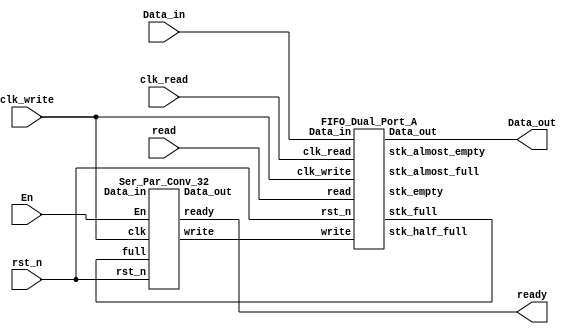
`timescale 1ns / 1ps
//////////////////////////////////////////////////////////////////////////////////
// Company: 
// Engineer: 
// 
// Design Name: 
// Module Name:    FIFO_Channel 
// Project Name: 
// Target Devices: 
// Tool versions: 
// Description: 
//
// Dependencies: 
//
// Revision: 
// Revision 0.01 - File Created
// Additional Comments: 
//
//////////////////////////////////////////////////////////////////////////////////
module FIFO_Channel #(parameter word_width = 32,stk_ptr_width = 3)
				( output [word_width - 1 : 0] Data_out,
				  output                      ready,
				  input  [word_width - 1 : 0] Data_in,
				  input                       En,
				  input                       read,
				  input                       clk_write,clk_read,
				  input                       rst_n
					);
					
	wire [word_width - 1 : 0]  Data_out_Ser_Par;
	wire                       Data_in_Ser_Par;
	wire                       stk_full,stk_almost_full,stk_half_full,stk_empty,stk_almost_empty;
	wire                       write;
	
	FIFO_Dual_Port_A M0 ( .Data_out(Data_out),
						  .stk_full(stk_full),
						  .stk_almost_full(stk_almost_full),
						  .stk_half_full(stk_half_full),
						  .stk_empty(stk_empty),
						  .stk_almost_empty(stk_almost_empty),
						  .Data_in(Data_in),
						  .write(write),
						  .read(read),
						  .clk_read(clk_read),
						  .clk_write(clk_write),
						  .rst_n(rst_n)
						  );
						
	Ser_Par_Conv_32 M1( .Data_out(Data_out_Ser_Par),
					    .ready(ready),
						.write(write),
					    .Data_in(Data_in_Ser_Par),
					    .En(En),
					    .full(stk_full),
					    .clk(clk_write),
					    .rst_n(rst_n)
						 );

endmodule

//--------------------------------------------------------------------------------------------------------------------------------------//
//FIFO_Dual_Port_A

module FIFO_Dual_Port_A #(parameter word_width = 32,stk_ptr_width = 3)
					( output [word_width - 1 : 0] Data_out,
					  output                      stk_full,stk_empty,stk_almost_full,stk_half_full,stk_almost_empty,
					  input  [word_width - 1 : 0] Data_in,
					  input                       write,read,
					  input                       clk_read,clk_write,
					  input                       rst_n
						);
	
	wire [stk_ptr_width - 1 : 0] read_ptr,write_ptr;
	
	FIFO_Control_Unit M0_Controller ( .write_to_stk(write_to_stk),
									  .read_fr_stk (read_fr_stk),
									  .write(write),
									  .read(read),
									  .stk_full(stk_full),
									  .stk_empty(stk_empty)
										);
	
	FIFO_Datapath_Unit M1_Datapath ( .Data_out(Data_out),
									 .Data_in(Data_in),
									 .write_ptr(write_ptr),
									 .read_ptr(read_ptr),
									 .write_to_stk(write_to_stk),
									 .read_fr_stk (read_fr_stk),
									 .clk_read(clk_read),
									 .clk_write(clk_write),
									 .rst_n(rst_n)
										);
										
	FIFO_Status_Unit    M2_Status ( .write_ptr(write_ptr),
									.read_ptr(read_ptr),
									.stk_full(stk_full),
									.stk_half_full(stk_half_full),
									.stk_almost_full(stk_almost_full),
									.stk_almost_empty(stk_almost_empty),
									.stk_empty(stk_empty),
									.write_to_stk(write_to_stk),
									.read_fr_stk(read_fr_stk),
									.clk_read(clk_read),
									.clk_write(clk_write),
									.rst_n(rst_n)
										);
endmodule


//FIFO_Control_Unit
module FIFO_Control_Unit ( output write_to_stk,read_fr_stk,
						   input write,read,stk_full,stk_empty
						   );
	
	assign write_to_stk = write && (!stk_full);
	assign read_fr_stk  = read  && (!stk_empty);

endmodule

//FIFO_Datapath_Unit
module FIFO_Datapath_Unit #(parameter word_width = 32,stk_ptr_width = 3,stk_height = 8)
						( output [word_width - 1    : 0] Data_out,
						  input  [word_width - 1    : 0] Data_in,
						  input  [stk_ptr_width - 1 : 0] write_ptr,read_ptr,
						  input                          write_to_stk,read_fr_stk,
						  input                          clk_read,clk_write,
						  input                          rst_n
							);
							
	reg [word_width - 1 : 0] stk[0 : stk_height - 1]; //stack
	reg [word_width - 1 : 0] Data_out_reg;
	
	assign Data_out = Data_out_reg;
	
	always @(posedge clk_write) 
		if(write_to_stk)
			stk[write_ptr] <= Data_in;
	
	always @(posedge clk_read)
		if(read_fr_stk)
			Data_out_reg <= stk[read_ptr];
			
endmodule

//FIFO_Status_Unit
module FIFO_Status_Unit #(parameter stk_ptr_width = 3,stk_height = 8, HF_level = (stk_height) >> 1,AF_level = stk_height - (HF_level >> 1),									   AE_level = (HF_level) >> 1)
						( output [stk_ptr_width - 1 : 0] write_ptr,read_ptr,
						  output                         stk_full,stk_half_full,stk_almost_full,stk_empty,stk_almost_empty,
						  input                          write_to_stk,read_fr_stk,
						  input                          clk_read,clk_write,
						  input                   		 rst_n
							);
							
	wire  [stk_ptr_width : 0] wr_cntr,next_wr_cntr;
	wire  [stk_ptr_width : 0] wr_cntr_G;           //gray_code
	wire  [stk_ptr_width : 0] rd_cntr,next_rd_cntr;
	wire  [stk_ptr_width : 0] rd_cntr_G;
	wire  [stk_ptr_width : 0] wr_cntr_G_sync,rd_cntr_G_sync;  //gray sync
	wire  [stk_ptr_width : 0] wr_cntr_B_sync,rd_cntr_B_sync; // binary sync
	
	assign stk_full         = ((wr_cntr - rd_cntr_B_sync) == stk_height) || (!rst_n);
	assign stk_half_full    = ((wr_cntr - rd_cntr_B_sync) == HF_level)   || (!rst_n);
	assign stk_almost_full  = ((wr_cntr - rd_cntr_B_sync) == AF_level)   || (!rst_n);
	assign stk_empty        = ((rd_cntr - wr_cntr_B_sync) == rd_cntr)    || (!rst_n);
	assign stk_almost_empty = ((rd_cntr - wr_cntr_B_sync) == AE_level)   || (!rst_n);
	
	wr_cntr_Unit M0 ( .next_wr_cntr(next_wr_cntr),
					  .wr_cntr(wr_cntr),
					  .write_ptr(write_ptr),
					  .write_to_stk(write_to_stk),
					  .clk_write(clk_write),
					  .rst_n(rst_n)
						);
			
	rd_cntr_Unit M1 ( .next_rd_cntr(next_rd_cntr),
					  .rd_cntr(rd_cntr),
					  .read_ptr(read_ptr),
					  .read_fr_stk(read_fr_stk),
					  .clk_read(clk_read),
					  .rst_n(rst_n)
						);
						
	B2G_Reg     M2  ( .gray_out(wr_cntr_G),
					  .binary_in(next_wr_cntr),
					  .wr_rd(write_to_stk),
					  .limit(stk_full),
					  .clk(clk_write),
					  .rst_n(rst_n)
						);
						
	G2B_Conv    M3  ( .binary(wr_cntr_B_sync),
					  .gray(wr_cntr_G_sync)
						);
						
	B2G_Reg     M4  ( .gray_out(rd_cntr_G),
					  .binary_in(next_rd_cntr),
					  .wr_rd(read_to_stk),
					  .limit(stk_full),
					  .clk(clk_read),
					  .rst_n(rst_n)
						);
						
	G2B_Conv    M5  ( .binary(rd_cntr_B_sync),
					  .gray(rd_cntr_G_sync)
						);

						
	generate
		genvar k;
		for(k = 0;k <= stk_ptr_width;k = k + 1) begin : write_read
			Synchro_Long_Asynch_in_to_Short_Period_Clock M1 ( .Synch_out(wr_cntr_G_sync[k]),
															  .Asynch_in(wr_cntr_G_sync[k]),
															  .clk(clk_read),
															  .rst_n(rst_n)
																);
		end
		
		for(k = 0;k <= stk_ptr_width;k = k + 1) begin  : read_write
			Synchro_Short_Asynch_in_to_Long_Period_Clock M2 ( .Synch_out(rd_cntr_G_sync[k]),
															  .Asynch_in(rd_cntr_G_sync[k]),
															  .clk(clk_write),
															  .rst_n(rst_n)
																);
		end
	endgenerate
endmodule

module wr_cntr_Unit #(parameter stk_ptr_width = 3)
					( output [stk_ptr_width     : 0] next_wr_cntr,
					  output [stk_ptr_width     : 0] wr_cntr,
					  output [stk_ptr_width - 1 : 0] write_ptr,
					  input                          write_to_stk,
					  input 					     clk_write,rst_n
						);
						
	reg [stk_ptr_width : 0] wr_cntr_reg;
	reg [stk_ptr_width : 0] next_wr_cntr_reg;
	
	assign write_ptr    = wr_cntr_reg[stk_ptr_width - 1 : 0];
	assign wr_cntr      = wr_cntr_reg;
	assign next_wr_cntr = next_wr_cntr_reg;
	
	always @(posedge clk_write) begin
		if(!rst_n)
			wr_cntr_reg <= 0;
		else if(write_to_stk)
			wr_cntr_reg <= next_wr_cntr_reg;
	end
	
	always @(wr_cntr_reg)
		next_wr_cntr_reg <= wr_cntr_reg + 1;
	
endmodule

module rd_cntr_Unit #(parameter stk_ptr_width = 3)
					( output [stk_ptr_width     : 0] next_rd_cntr,
					  output [stk_ptr_width     : 0] rd_cntr,
					  output [stk_ptr_width - 1 : 0] read_ptr,
					  input                      read_fr_stk,
					  input 					 clk_read,rst_n
						);
						
	reg [stk_ptr_width : 0] rd_cntr_reg;
	reg [stk_ptr_width : 0] next_rd_cntr_reg;
	
	assign read_ptr     = rd_cntr_reg[stk_ptr_width - 1 : 0];
	assign rd_cntr      = rd_cntr_reg;
	assign next_rd_cntr = next_rd_cntr_reg;
	
	always @(posedge clk_read) begin
		if(!rst_n)
			rd_cntr_reg <= 0;
		else if(read_fr_stk)
			rd_cntr_reg <= next_rd_cntr_reg;
	end
	
	always @(rd_cntr_reg)
		next_rd_cntr_reg <= rd_cntr_reg + 1;
	
endmodule
	
module B2G_Reg #(parameter stk_ptr_width = 3)
			( output [stk_ptr_width : 0] gray_out,
			  input  [stk_ptr_width : 0] binary_in,
			  input                      wr_rd,
			  input                      limit,
			  input                      clk,rst_n
				);
				
	reg [stk_ptr_width : 0] gray_out_reg;
	assign gray_out = gray_out_reg;
	
	wire [stk_ptr_width : 0] next_gray_out;
	
	always @(posedge clk,negedge rst_n) begin
		if(!rst_n)
			gray_out_reg <= 0;
		else if(wr_rd && (!limit))
			gray_out_reg <= next_gray_out;
		else 
			gray_out_reg <= gray_out_reg;
	end
	
	B2G_Conv M0 ( .gray(next_gray_out),
				  .binary(binary_in)
					);
endmodule			

module B2G_Conv #(parameter stk_ptr_width = 3)
				( output [stk_ptr_width : 0] gray,
				  input  [stk_ptr_width : 0] binary
					);
	assign gray = (binary >> 1) ^ binary;

endmodule

module G2B_Conv #(parameter stk_ptr_width = 3)
				( output [stk_ptr_width : 0] binary,
				  input  [stk_ptr_width : 0] gray
					);
	
	reg [stk_ptr_width : 0] binary_reg;
	assign binary = binary_reg;
	
	integer k;
	always @(gray) begin
		binary_reg[stk_ptr_width] = gray[stk_ptr_width];
		for(k = 0;k <= stk_ptr_width - 1;k = k + 1 )
			binary_reg[k] = binary_reg[k + 1] ^ gray[k];
	end
	
endmodule

module Synchro_Long_Asynch_in_to_Short_Period_Clock ( output Synch_out,
													  input  Asynch_in,
													  input  clk,rst_n
                                                       );
	reg Synch_meta;
	reg Synch_out_reg;
	assign Synch_out = Synch_out_reg;
	
	always @(posedge clk,negedge rst_n) begin
		if(!rst_n) begin
			Synch_meta    <= 0;
			Synch_out_reg <= 0;
		end
		else
			{Synch_out_reg,Synch_meta} <= {Synch_meta,Asynch_in};
	end
endmodule


module Synchro_Short_Asynch_in_to_Long_Period_Clock ( output Synch_out, //
													  input  Asynch_in,
													  input  clk,rst_n
                                                       );
													   
	reg q1,q2;
	reg Synch_out_reg;
	assign Synch_out = Synch_out_reg;
	
	supply1 Vcc;
	
	wire Clr_q1_q2;
	
	assign Clr_q1_q2 = (!rst_n) || ((!Asynch_in) && Synch_out);
	
	always @(posedge clk,negedge rst_n) begin
		if(!rst_n)
			Synch_out_reg <= 0;
		else 
			Synch_out_reg <= q2;
	end

	always @(posedge clk ,posedge Clr_q1_q2) begin
		if (Clr_q1_q2) q2 <= 0;
		else q2 <= q1;
	end


	always @ (posedge clk ,posedge Clr_q1_q2)
		if (Clr_q1_q2) q1 <= 0;
		else q1 <= Vcc;


endmodule		
//-----------------------------------------------------------------------------------------------------------------------------------------//
//Ser_Par_Conv_32
module Ser_Par_Conv_32 #(parameter word_width = 32)
					( output [word_width - 1 : 0] Data_out,
					  output                      ready,
					  output                      write,
					  input                       Data_in,
					  input                       En,full,
					  input                       clk,rst_n
						);
						
	wire pause_full,pause_En_b,shift_incr,cntr_limit;
	
	Control_Unit M0_Controller ( .ready(ready),
							.write(write),
							.shift_incr(shift_incr),
							.cntr_limit(cntr_limit),
							.pause_full(pause_full),
							.pause_En_b(pause_En_b),
							.En(En),
							.full(full),
							.clk(clk),
							.rst_n(rst_n)
							);
							
	Datapath_Unit M1_Datapath ( .Data_out(Data_out),
						   .cntr_limit(cntr_limit),
						   .Data_in(Data_in),
						   .pause_full(pause_full),
						   .pause_En_b(pause_En_b),
						   .shift_incr(shift_incr),
						   .clk(clk),
						   .rst_n(rst_n)
							);


endmodule

module Control_Unit ( output     ready,write,
					  output     pause_En_b,pause_full,shift_incr,
					  input      En,full,clk,rst_n,cntr_limit
						);
				 
	parameter S_IDLE = 0,
			  S_1    = 1,
			  S_2    = 2;
			  
	reg [1:0] state,next_state;
	reg pause_En_b_reg,pause_full_reg,shift_incr_reg;
	assign pause_En_b = pause_En_b_reg;
	assign pause_full = pause_full_reg;
	assign shift_incr = shift_incr_reg;
	
	assign ready = (state == S_IDLE);
	assign write = (state == S_2);
	
	always @(posedge clk,negedge rst_n) begin
		if(!rst_n)
			state <= S_IDLE;
		else
			state <= next_state;
	end
	
	always @(state,En,full,cntr_limit) begin
		
		pause_En_b_reg = 0;
		pause_full_reg = 0;
		shift_incr_reg = 0;
		next_state     = S_IDLE;
		
		case(state)
			
			S_IDLE : begin
				if(En &&(!full)) begin
					next_state     = S_1;
					shift_incr_reg = 1;
				end
				else
					next_state = S_IDLE;
			end
			
			S_1 : begin
				if(full) begin
					next_state     = S_IDLE;
					pause_full_reg = 1;
				end
				else begin
					shift_incr_reg = 1;
					if(cntr_limit)
						next_state = S_2;
					else
						next_state = S_1;
				end
			end
				
			S_2 : begin
				if(En) begin
					shift_incr_reg = 1;
					next_state     = S_1;
				end
				else begin	
					pause_En_b_reg = 1;
					next_state     = S_IDLE;
				end
			end
			
			default : next_state = S_IDLE;
		endcase
		
	end
	
endmodule


module Datapath_Unit #(parameter word_width = 32,cntr_width = 5)
					( output [word_width - 1 : 0] Data_out,
					  output                      cntr_limit,
					  input                       Data_in,
					  input                       pause_En_b,pause_full,shift_incr,
					  input                       clk,rst_n
						);
						
	reg [word_width - 1 : 0] Data_out_reg;
	assign Data_out = Data_out_reg;
	
	reg [cntr_width : 0] cntr;
	
	always @(posedge clk,negedge rst_n) begin
		if(!rst_n)
			cntr <= 0;
		else if(pause_full || pause_En_b)
			cntr <= 0;
		else if(shift_incr)
			cntr <= cntr + 1;
	end
	
	always @(posedge clk,negedge rst_n) begin
		if(!rst_n)
			Data_out_reg <= 0;
		else if(pause_En_b || pause_full)
			Data_out_reg <= 0;
		else if(shift_incr)
			Data_out_reg <= {Data_in,Data_out_reg[word_width - 1 : 1]};
	end
	
	assign cntr_limit = (cntr == word_width - 1);
	
endmodule